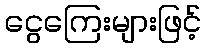
ငွေကြေးများဖြင့်